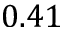
0 . 4 1